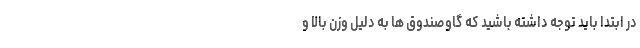
در ابتدا باید توجه داشته باشید که گاوصندوق ­ها به دلیل وزن بالا و